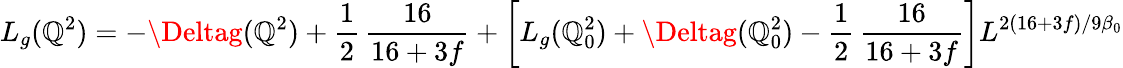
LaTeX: L_{g}(\mathbb{Q}^{2})=-\Deltag(\mathbb{Q}^{2})+\frac{{1}}{{2}}\, \frac{{16}}{{16+3f}}+\left[L_{g}(\mathbb{Q}_{0}^{2})+\Deltag(\mathbb{Q}_{0}^{2})-\frac{{1}}{{2}}\, \frac{{16}}{{16+3f}}\right]L^{2(16+3f)/9\beta_{0}}